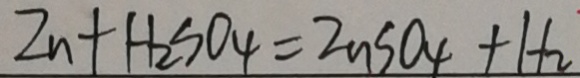
Z n + H _ { 2 } S O _ { 4 } = Z n S O _ { 4 } + H _ { 2 }